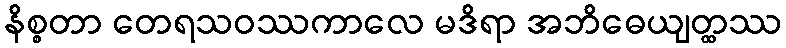
နိစ္စတာ တေရသဝဿကာလေ မဒိရာ အဘိဓေယျတ္ထဿ